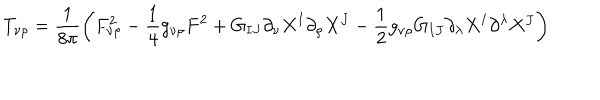
T _ { \nu \rho } = \frac { 1 } { 8 \pi } \left( F _ { \nu \rho } ^ { 2 } - \frac 1 4 g _ { \nu \rho } F ^ { 2 } + G _ { I J } \partial _ { \nu } X ^ { I } \partial _ { \rho } X ^ { J } - \frac 1 2 g _ { \nu \rho } G _ { I J } \partial _ { \lambda } X ^ { I } \partial ^ { \lambda } X ^ { J } \right)